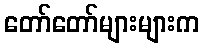
တော်တော်များများက